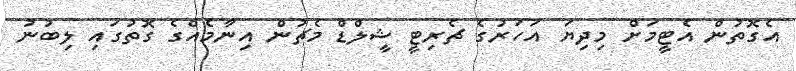
އެގޮތުން އެޓީމަށް މިދިޔަ އަހަރުގެ ޗެރިޓީ ޝީލްޑް މެޗުން އިނާމެއްގެ ގޮތުގައި ލިބުނު